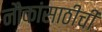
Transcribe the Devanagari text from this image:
नौकांसाठीची